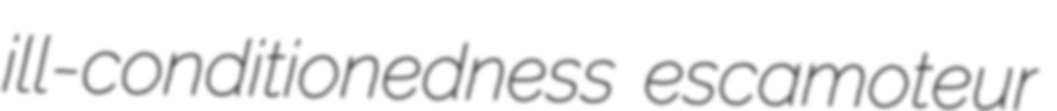
ill-conditionedness escamoteur